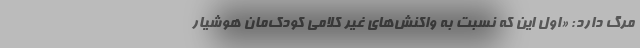
مرگ دارد: «اول این که نسبت به واکنش‌های غیر کلامی کودک‌مان هوشیار